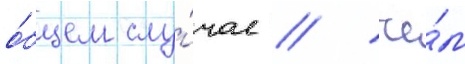
о́бщем слу́чае / че́м